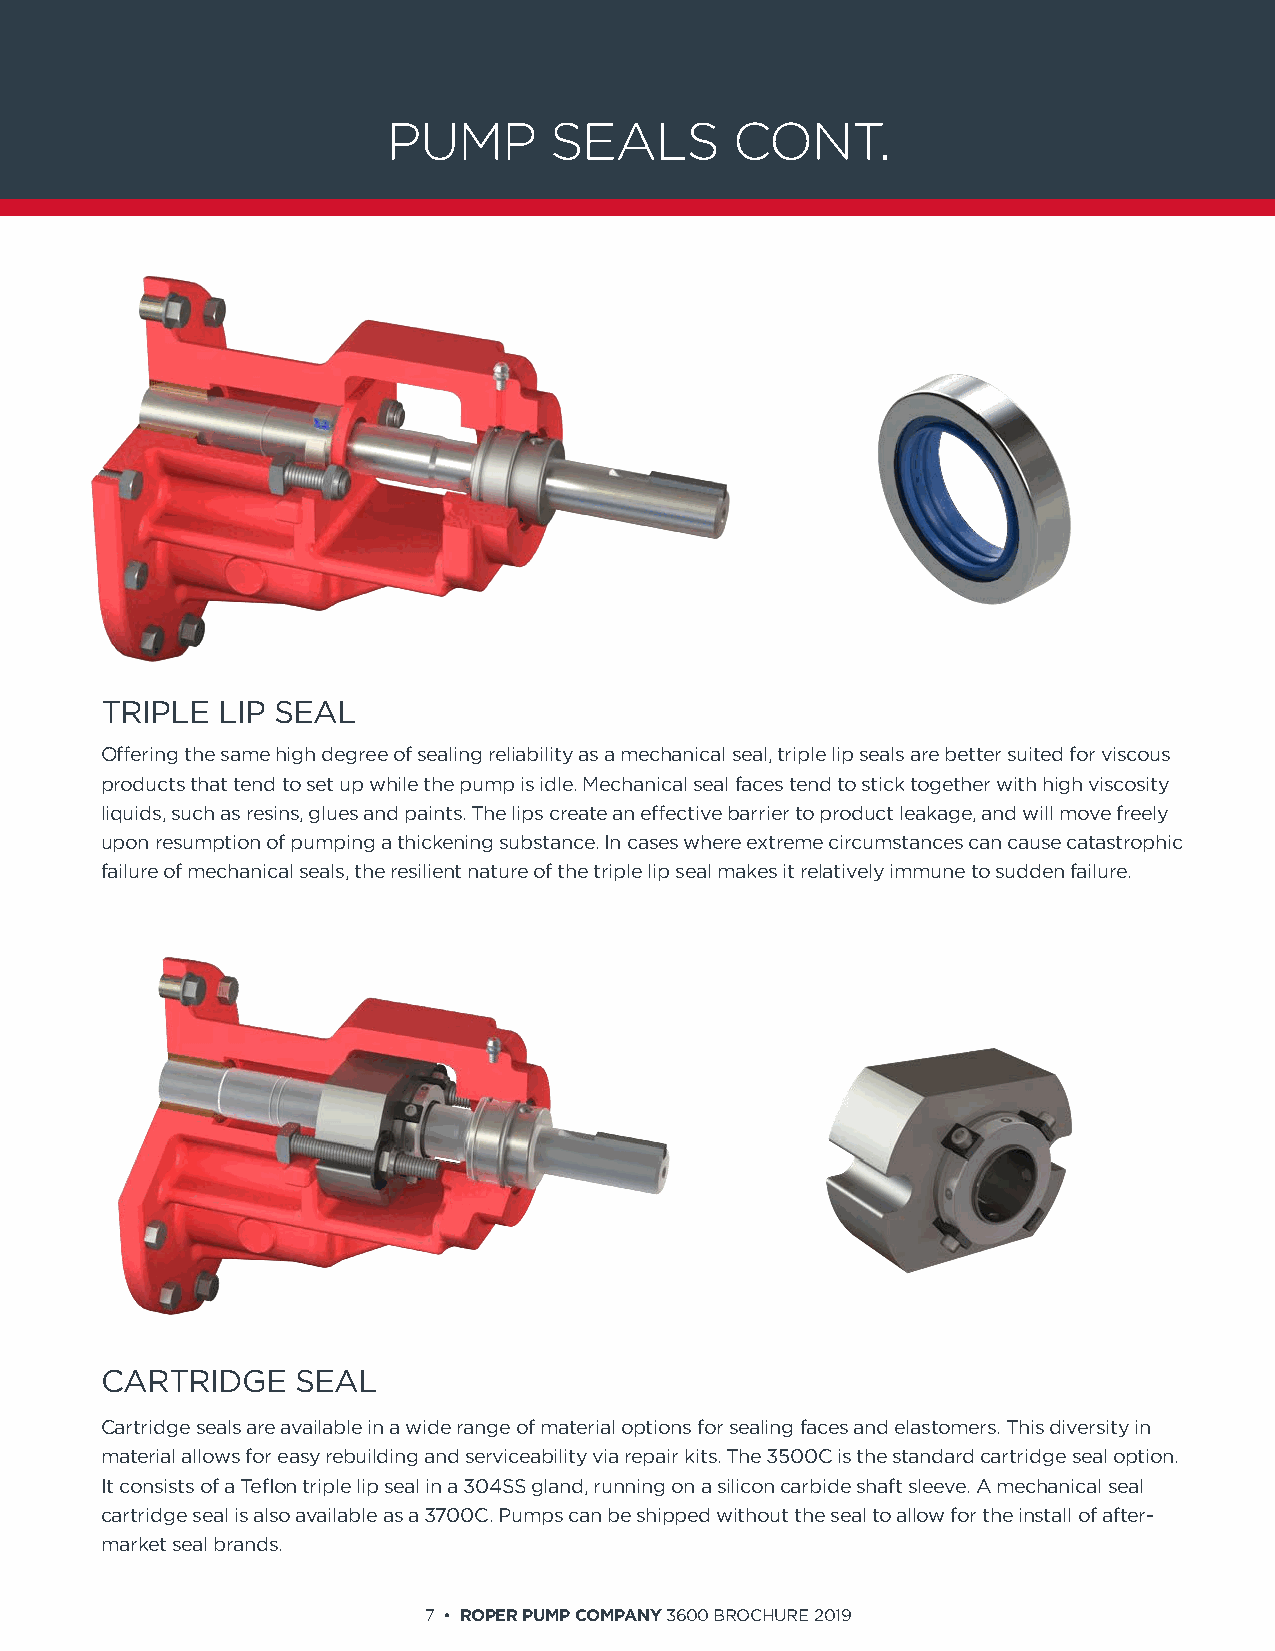
PUMP      SEALS        CONT.
 TRIPLE LIP SEAL
 Offering the same high degree of sealing reliability as a mechanical seal, triple lip seals are better suited for viscous
 products that tend to set up while the pump is idle. Mechanical seal faces tend to stick together with high viscosity
 liquids, such as resins, glues and paints. The lips create an effective barrier to product leakage, and will move freely
 upon resumption of pumping a thickening substance. In cases where extreme circumstances can cause catastrophic
 failure of mechanical seals, the resilient nature of the triple lip seal makes it relatively immune to sudden failure.
 CARTRIDGE    SEAL
 Cartridge seals are available in a wide range of material options for sealing faces and elastomers. This diversity in
 material allows for easy rebuilding and serviceability via repair kits. The 3500C is the standard cartridge seal option.
 It consists of a Teflon triple lip seal in a 304SS gland, running on a silicon carbide shaft sleeve. A mechanical seal
 cartridge seal is also available as a 3700C. Pumps can be shipped without the seal to allow for the install of after-
 market seal brands.
 7 • ROPER PUMP COMPANY 3600 BROCHURE 2019